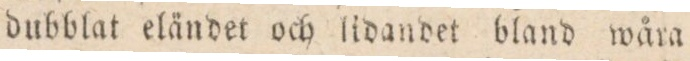
dubblat eländet och lidandet bland wåra